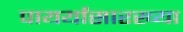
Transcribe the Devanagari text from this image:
पायर्यांसारख्या